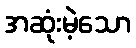
အဆုံးမဲ့သော